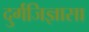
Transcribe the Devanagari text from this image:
दुर्गजिज्ञासा